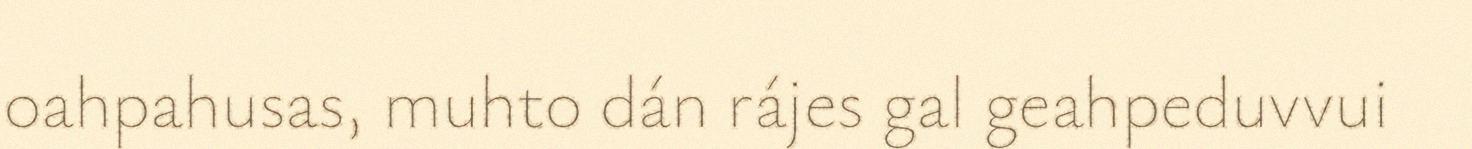
oahpahusas, muhto dán rájes gal geahpeduvvui